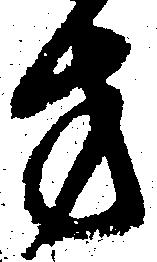
方